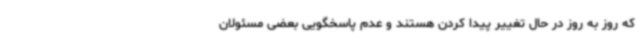
که روز به روز در حال تغییر پیدا کردن هستند و عدم پاسخگویی بعضی مسئولان